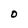
Character: O